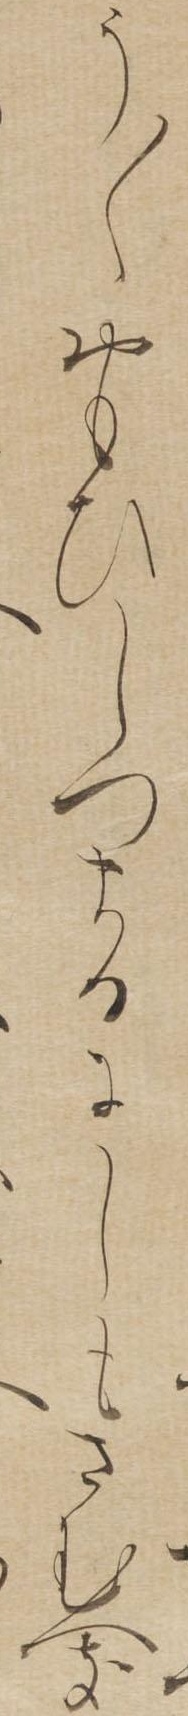
う〱おもひしつまるにしもさむへき